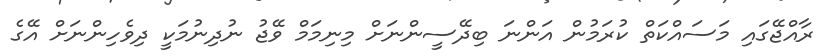
ރާއްޖޭގައި މަސައްކަތް ކުރަމުން އަންނަ ބިދޭސީންނަށް މިނިމަމް ވޭޖު ނުދިނުމަކީ ދިވެހިންނަށް އޭގެ